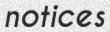
notices